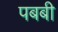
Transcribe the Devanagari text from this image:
पबबी